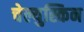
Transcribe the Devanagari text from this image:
चेल्युस्किन